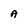
Character: A